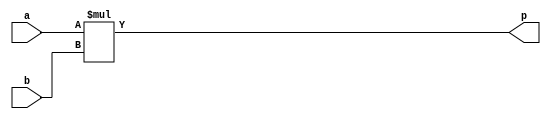
module multip_ram(
  input [17:0] a,
  input [17:0] b,
  output reg [35:0] p);

  always @ (*)
    begin
     p =a * b;
  end

endmodule